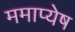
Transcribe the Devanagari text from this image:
ममाप्येष